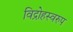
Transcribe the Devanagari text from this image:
विद्रोहस्वरुप